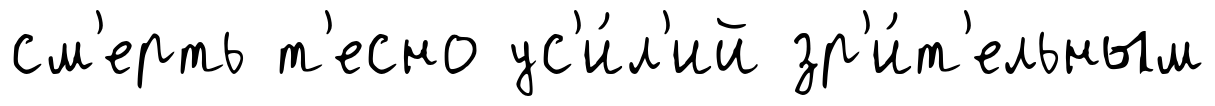
см'ерть т'есно ус'и́л'ий зр'и́т'ельным